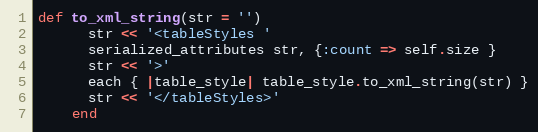
Language: Ruby
def to_xml_string(str = '')
      str << '<tableStyles '
      serialized_attributes str, {:count => self.size }
      str << '>'
      each { |table_style| table_style.to_xml_string(str) }
      str << '</tableStyles>'
    end